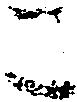
こ